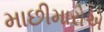
માછીમારોએ